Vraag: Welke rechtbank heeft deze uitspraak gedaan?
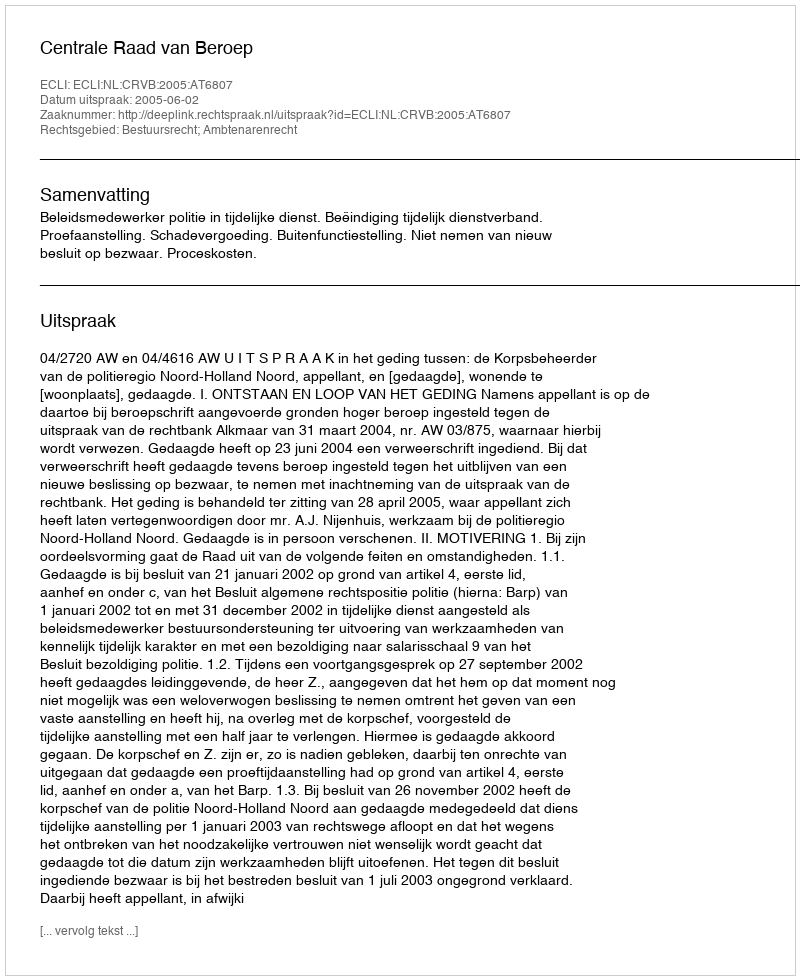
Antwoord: Centrale Raad van Beroep